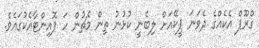
ގްރޫޕް އެކެއްގެ ދެވަނަ ޕީކޭއަށް ލިބެނީ ކުޅުނު ތިން މެޗުން ހަ ޕޮއިންޓާއެކުގައެވެ.